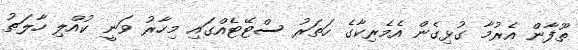
ތޫފާން އެރުމާ ގުޅިގެން އެމެރިކާގެ ހަތަރު ސްޓޭޓެއްގައި މިހާރު ވަނީ ކުއްލި ހާލަތު